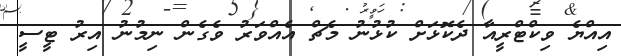
އިއްޔެ ވިކްޓްރީއާ ދެކޮޅަށް ކުޅުނު މެޗް އެއްވަރު ވެގެން ނިމުނު އިރު ޓީސީ